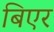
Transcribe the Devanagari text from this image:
बिएर